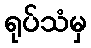
ရုပ်သံမှ